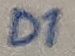
Text: D1